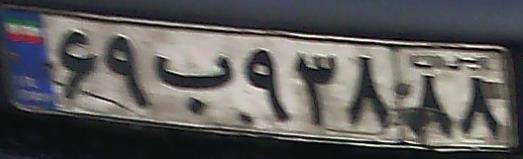
۶۹ب۹۳۸۸۸